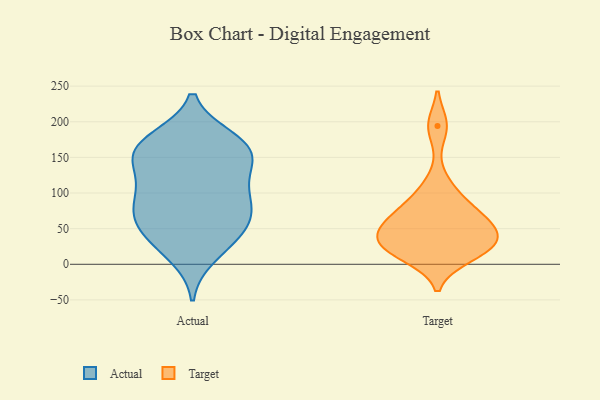
{"axis": {"x": "Gross Profit (USD K)", "y": "Value"}, "legend": ["Actual", "Target"], "data": [{"x": "", "y": 26, "type": "Actual"}, {"x": "", "y": 82, "type": "Actual"}, {"x": "", "y": 91, "type": "Actual"}, {"x": "", "y": 166, "type": "Actual"}, {"x": "", "y": 74, "type": "Actual"}, {"x": "", "y": 47, "type": "Actual"}, {"x": "", "y": 151, "type": "Actual"}, {"x": "", "y": 133, "type": "Actual"}, {"x": "", "y": 46, "type": "Actual"}, {"x": "", "y": 173, "type": "Actual"}, {"x": "", "y": 164, "type": "Actual"}, {"x": "", "y": 111, "type": "Actual"}, {"x": "", "y": 12, "type": "Actual"}, {"x": "", "y": 140, "type": "Actual"}, {"x": "", "y": 70, "type": "Actual"}, {"x": "", "y": 159, "type": "Actual"}, {"x": "", "y": 101, "type": "Actual"}, {"x": "", "y": 176, "type": "Actual"}, {"x": "", "y": 54, "type": "Actual"}, {"x": "", "y": 48, "type": "Target"}, {"x": "", "y": 11, "type": "Target"}, {"x": "", "y": 59, "type": "Target"}, {"x": "", "y": 108, "type": "Target"}, {"x": "", "y": 21, "type": "Target"}, {"x": "", "y": 38, "type": "Target"}, {"x": "", "y": 23, "type": "Target"}, {"x": "", "y": 33, "type": "Target"}, {"x": "", "y": 77, "type": "Target"}, {"x": "", "y": 70, "type": "Target"}, {"x": "", "y": 194, "type": "Target"}]}